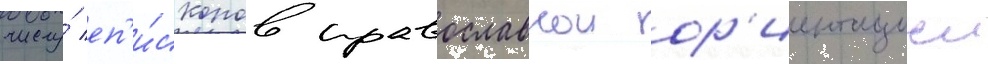
числу́ еп'и́скопов православнои ор'иентациеи